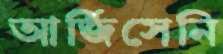
আর্জিসেনি